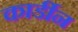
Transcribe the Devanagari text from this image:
कार्डीन